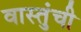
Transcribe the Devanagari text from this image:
वास्तुंची